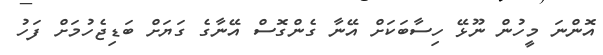
އޮންނަ މީހުން ނޫޅޭ ހިސާބަކަށް އޭނާ ގެންގޮސް އޭނާގެ ގަޔަށް ބަޑިޖެހުމަށް ފަހު